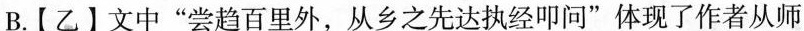
B.【乙】文中”尝趋百里外，从乡之先达执经叩问”体现了作者从师